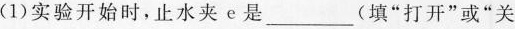
(1)实验开始时，止水夹e是___(填”打开”或”关